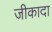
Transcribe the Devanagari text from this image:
जीकादा